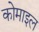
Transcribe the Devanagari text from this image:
कोमाइल